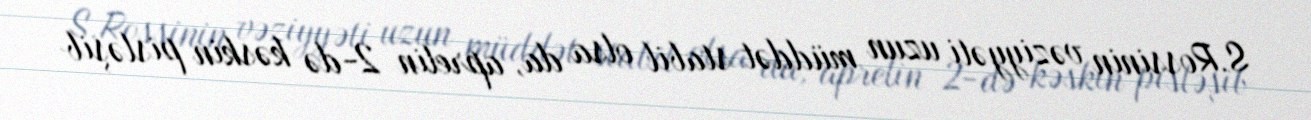
S.Rossinin vəziyyəti uzun müddət stabil olsa da, aprelin 2-də kəskin pisləşib